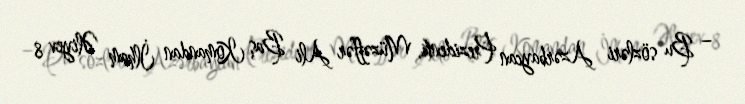
– Bu sözləri Azərbaycan Prezidenti, Müzəffər Ali Baş Komandan İlham Əliyev 8